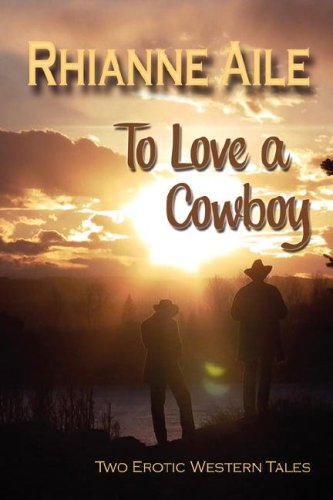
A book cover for To Love a Cowboy; Rhianne Aile; Romance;